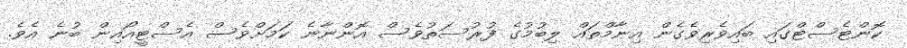
ކޮންޓެސްޓްގައި ބައިވެރިވެގެން އިނާމްތައް ލިބުމުގެ ފުރުސަތުވެސް އޮންނާނެ ކަމަށްވެސް އެސްޓީއޯއިން ބުނެ އެވެ.